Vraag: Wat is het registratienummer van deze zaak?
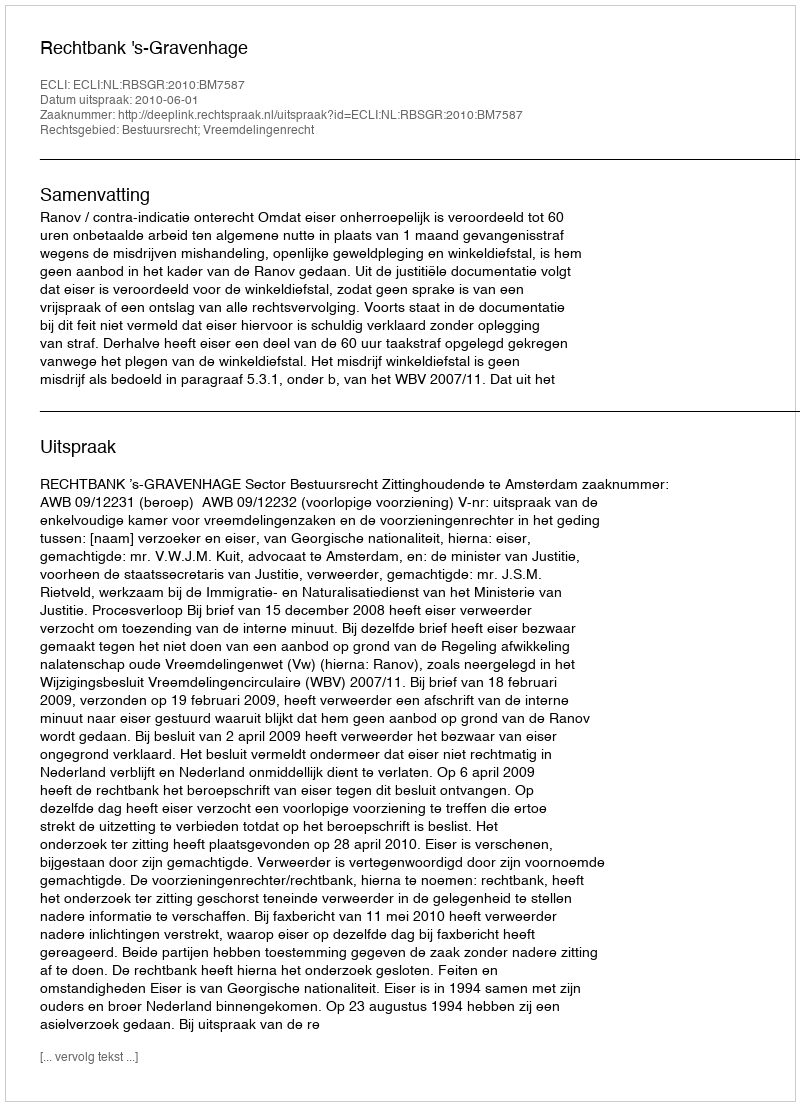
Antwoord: http://deeplink.rechtspraak.nl/uitspraak?id=ECLI:NL:RBSGR:2010:BM7587